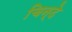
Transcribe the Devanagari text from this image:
चिन्दे